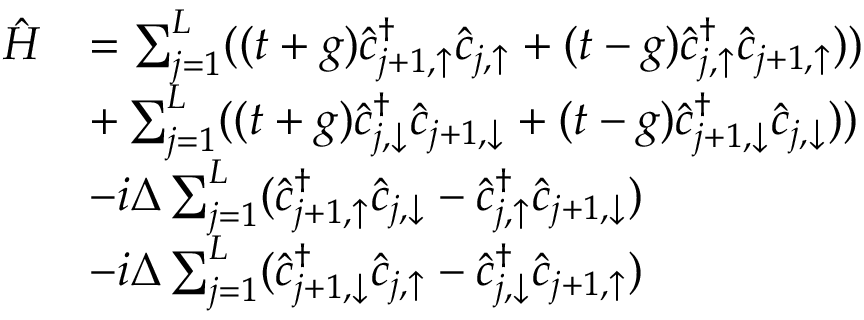
\begin{array} { r l } { \hat { H } } & { = \sum _ { j = 1 } ^ { L } ( ( t + g ) \hat { c } _ { j + 1 , \uparrow } ^ { \dagger } \hat { c } _ { j , \uparrow } + ( t - g ) \hat { c } _ { j , \uparrow } ^ { \dagger } \hat { c } _ { j + 1 , \uparrow } ) ) } \\ & { + \sum _ { j = 1 } ^ { L } ( ( t + g ) \hat { c } _ { j , \downarrow } ^ { \dagger } \hat { c } _ { j + 1 , \downarrow } + ( t - g ) \hat { c } _ { j + 1 , \downarrow } ^ { \dagger } \hat { c } _ { j , \downarrow } ) ) } \\ & { - i \Delta \sum _ { j = 1 } ^ { L } ( \hat { c } _ { j + 1 , \uparrow } ^ { \dagger } \hat { c } _ { j , \downarrow } - \hat { c } _ { j , \uparrow } ^ { \dagger } \hat { c } _ { j + 1 , \downarrow } ) } \\ & { - i \Delta \sum _ { j = 1 } ^ { L } ( \hat { c } _ { j + 1 , \downarrow } ^ { \dagger } \hat { c } _ { j , \uparrow } - \hat { c } _ { j , \downarrow } ^ { \dagger } \hat { c } _ { j + 1 , \uparrow } ) } \end{array}